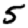
Digit: 5